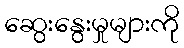
ဆွေးနွေးမှုများကို